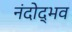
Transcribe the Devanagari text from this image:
नंदोद्भव